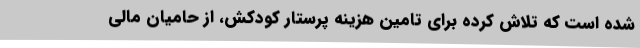
شده است که تلاش کرده برای تامین هزینه پرستار کودکش، از حامیان مالی